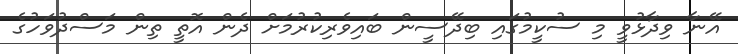
އޭނާ ވިދާޅުވީ މި ސުކީމުގައި ބިދޭސީން ބައިވެރިކުރުމަށް ދެން އޮތީ ތިން މަސްދުވަހުގެ